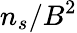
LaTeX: n_{s}/B^{2}